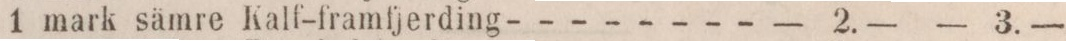
1 mark sämre Kalf-framfjerding - - - - - - - -    — 2.—    — 3.—